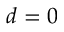
d = 0